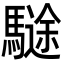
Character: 𩥽